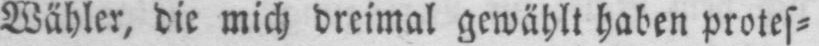
Wähler, die mich dreimal gewählt haben protes⸗